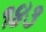
૧૪૩